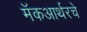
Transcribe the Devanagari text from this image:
मॅकआर्थरचे